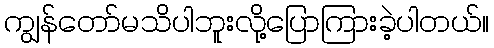
ကျွန်တော်မသိပါဘူးလို့ပြောကြားခဲ့ပါတယ်။